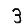
Digit: 3